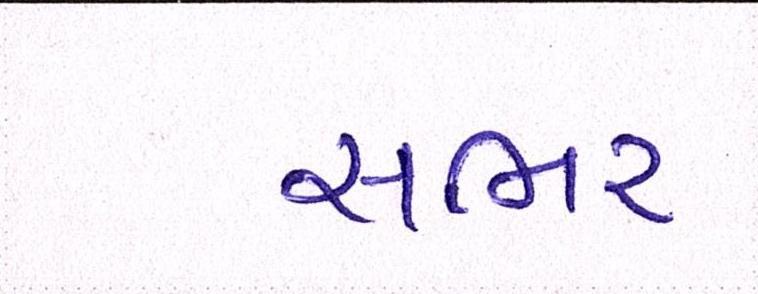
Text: સભર